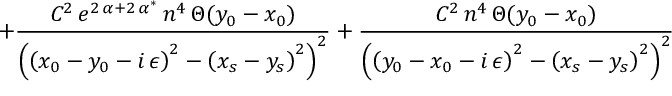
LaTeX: + \frac { C ^ { 2 } \, e ^ { 2 \, \alpha + 2 \, \alpha ^ { * } } \, n ^ { 4 } \, \Theta ( y _ { 0 } - x _ { 0 } ) } { \left( \left( x _ { 0 } - y _ { 0 } - i \, \epsilon \right) ^ { 2 } - \left( x _ { s } - y _ { s } \right) ^ { 2 } \right) ^ { 2 } } + \frac { C ^ { 2 } \, n ^ { 4 } \, \Theta ( y _ { 0 } - x _ { 0 } ) } { \left( \left( y _ { 0 } - x _ { 0 } - i \, \epsilon \right) ^ { 2 } - \left( x _ { s } - y _ { s } \right) ^ { 2 } \right) ^ { 2 } }